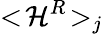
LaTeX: {<\! {\cal H}^{R}\! >}_{j}